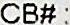
CB# :